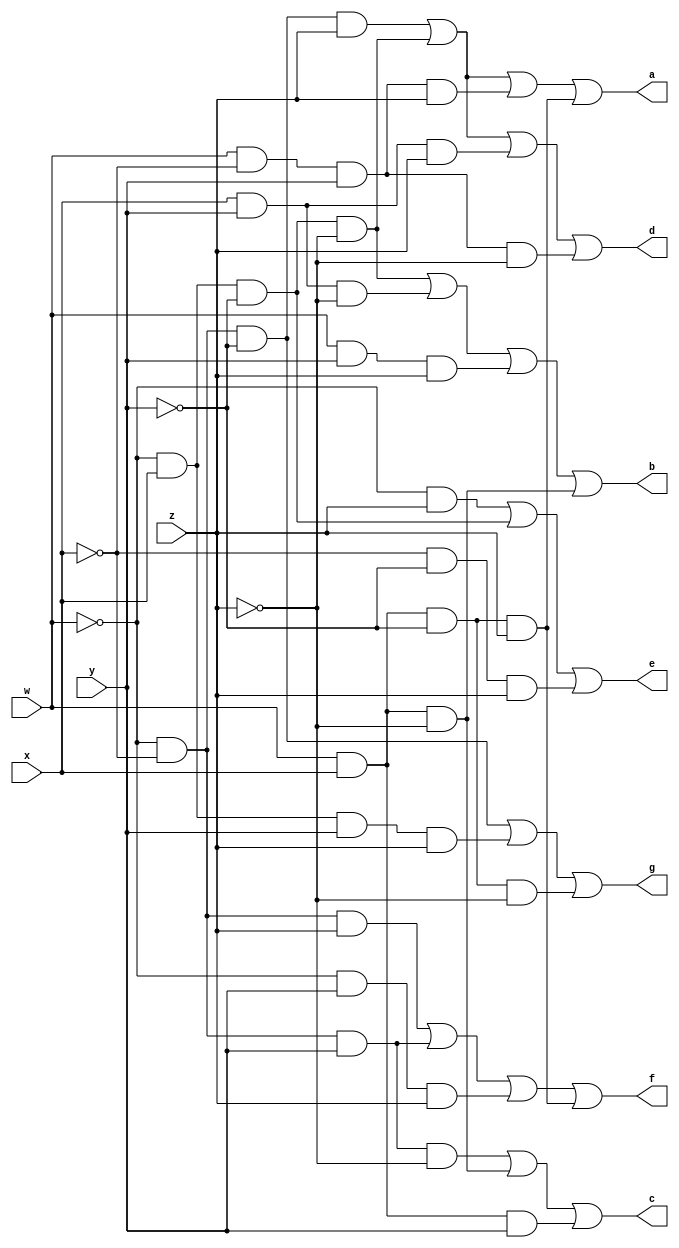
module SevenSegmentDisplay(w,x,y,z,a,b,c,d,e,f,g);
	
	output a,b,c,d,e,f,g;
	input w,x,y,z;
	
	assign a=( (~w&~x&~y&z) | (~w&x&~y&~z) | (w&~x&y&z) | (w&x&~y&z) );
	assign b=( (~w&x&~y&~z) | (x&y&~z) | (w&y&z) | (w&x&~z) );
	assign c=( (~w&~x&y&~z) | (w&x&~z) | (w&x&y) );
	assign d=( (~w&~x&~y&z) | (~w&x&~y&~z) | (x&y&z) | (w&~x&y&~z) );
	assign e=( (~w&z) | (~w&x&~y) | (~x&~y&z) );
	assign f=( (~w&~x&z) | (~w&~x&y) | (~w&y&z) | (w&x&~y&z) );
	assign g=( (~w&~x&~y) | (~w&x&y&z) | (w&x&~y&~z) );
	
endmodule